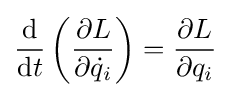
{\frac {\mathrm {d} }{\mathrm {d} t}}\left({\frac {\partial L}{\partial {\dot {q}}_{i}}}\right)={\frac {\partial L}{\partial q_{i}}}